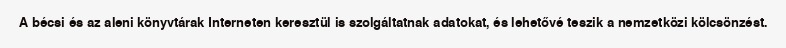
A bécsi és az aleni könyvtárak Interneten keresztül is szolgáltatnak adatokat, és lehetővé teszik a nemzetközi kölcsönzést.